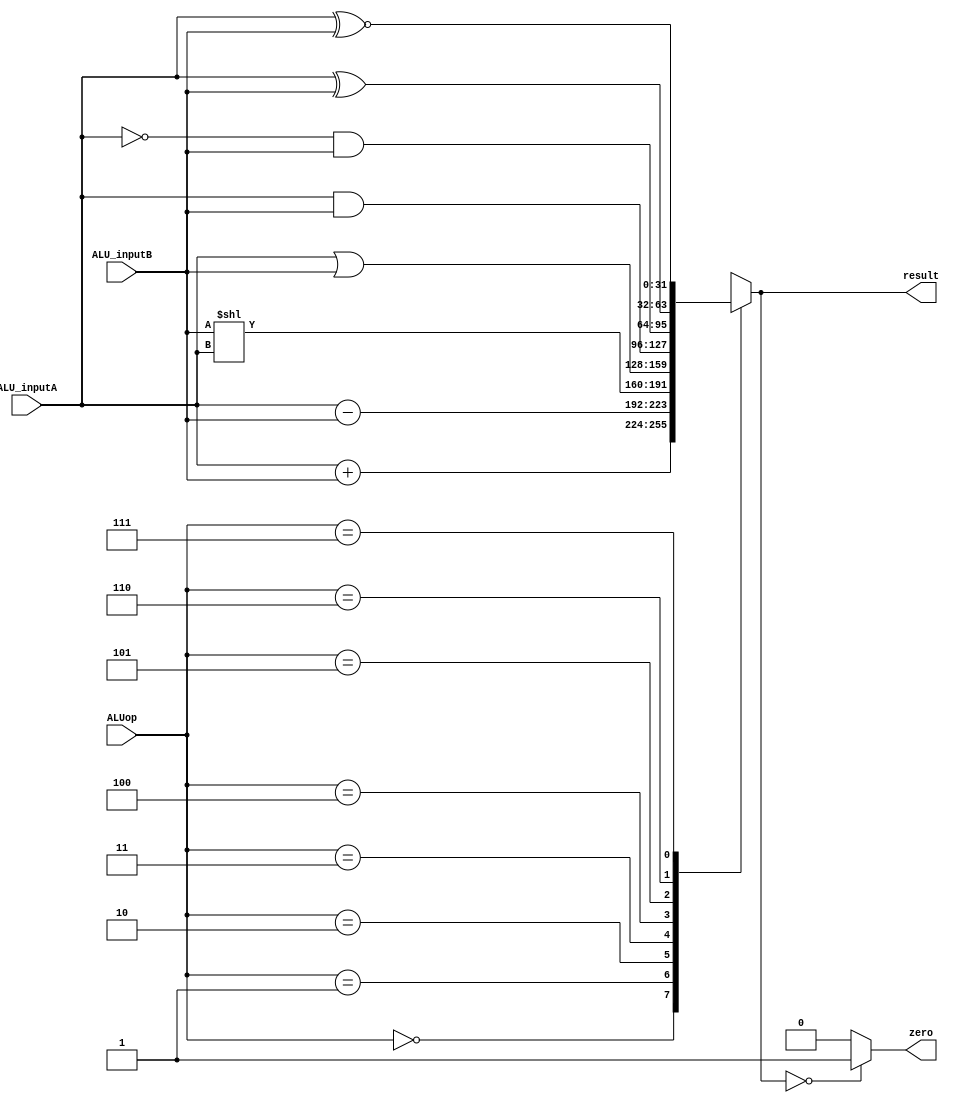
`timescale 1ns / 1ps
//////////////////////////////////////////////////////////////////////////////////
// Company: 
// Engineer: 
// 
// Design Name: 
// Module Name: ALU
// Project Name: 
// Target Devices: 
// Tool Versions: 
// Description: 
// 
// Dependencies: 
// 
// Revision:
// Revision 0.01 - File Created
// Additional Comments:
// 
//////////////////////////////////////////////////////////////////////////////////


module ALU(
    input [2:0] ALUop,
    input [31:0] ALU_inputA,
    input [31:0] ALU_inputB,
    output reg [31:0] result,
    output reg zero
    );
    
    initial begin
        zero = 0;
    end
    
    always@ (*) begin
        case(ALUop)
            0 : result = ALU_inputA + ALU_inputB;
            1 : result = ALU_inputA - ALU_inputB;
            2 : result = ALU_inputB << ALU_inputA;
            3 : result = ALU_inputA | ALU_inputB;
            4 : result = ALU_inputA & ALU_inputB;
            5 : result = (~ALU_inputA) & ALU_inputB;
            6 : result = ALU_inputA ^ ALU_inputB;
            7 : result = ALU_inputA ~^ ALU_inputB;
            default : result = ALU_inputA + ALU_inputB;
        endcase      
    end
    
        
    always@ (*) begin
        if( result == 0)
            zero = 1;
        else
            zero = 0;
    end    
endmodule